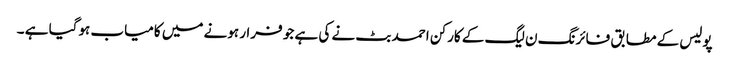
پولیس کے مطابق فائرنگ ن لیگ کے کارکن احمد بٹ نے کی ہے جو فرار ہونے میں کامیاب ہوگیا ہے ۔